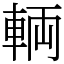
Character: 輌